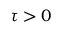
\tau > 0